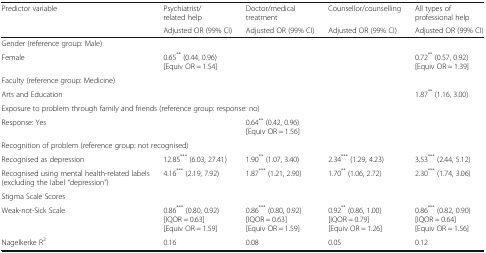
| <ROWSPAN=2> Predictor variable | Psychiatrist/related help | Doctor/medical treatment | Counsellor/counselling | All types of professional help |
 | Adjusted OR (99% CI) | Adjusted OR (99% CI) | Adjusted OR (99% CI) | Adjusted OR (99% CI) |
 | --- | --- | --- | --- | --- |
 | <COLSPAN=5> Gender (reference group: Male) |
 | Female | 0.65** (0.44, 0.96)[Equiv OR = 1.54] |  |  | 0.72** (0.57, 0.92)[Equiv OR = 1.39] |
 | <COLSPAN=5> Faculty (reference group: Medicine) |
 | Arts and Education |  |  |  | 1.87** (1.16, 3.00) |
 | <COLSPAN=5> Exposure to problem through family and friends (reference group: response: no) |
 | Response: Yes |  | 0.64** (0.42, 0.96)[Equiv OR = 1.56] |  |  |
 | <COLSPAN=5> Recognition of problem (reference group: not recognised) |
 | Recognised as depression | 12.85*** (6.03, 27.41) | 1.90** (1.07, 3.40) | 2.34*** (1.29, 4.23) | 3.53*** (2.44, 5.12) |
 | Recognised using mental health-related labels (excluding the label “depression”) | 4.16*** (2.19, 7.92) | 1.87*** (1.21, 2.90) | 1.70** (1.06, 2.72) | 2.30*** (1.74, 3.06) |
 | <COLSPAN=5> Stigma Scale Scores |
 | Weak-not-Sick Scale | 0.86*** (0.80, 0.92)[IQOR = 0.63][Equiv OR = 1.59] | 0.86*** (0.80, 0.92)[IQOR = 0.63][Equiv OR = 1.59] | 0.92** (0.86, 1.00)[IQOR = 0.79][Equiv OR = 1.26] | 0.86*** (0.82, 0.90)[IQOR = 0.64][Equiv OR = 1.56] |
 | Nagelkerke R2 | 0.16 | 0.08 | 0.05 | 0.12 |